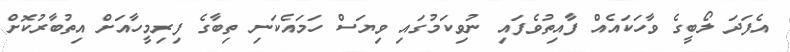
އެފަދަ ލޯބީގެ ވާހަކައެއް ފާއިތުވެފައި ނުވިކަމުގައި ވިޔަސް ހަމައެކަނި ތިބާގެ ފިރިމީހާއަށް އިތުބާރުކޮށް